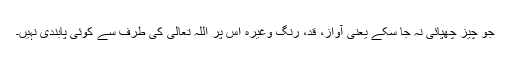
جو چیز چھپائی نہ جا سکے یعنی آواز، قد، رنگ وغیرہ اس پر اللہ تعالیٰ کی طرف سے کوئی پابندی نہیں۔